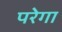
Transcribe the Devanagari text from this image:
परेगा